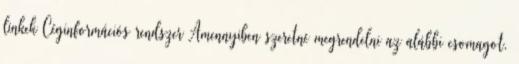
linkek Céginformációs rendszer Amennyiben szeretné megrendelni az alábbi csomagot,